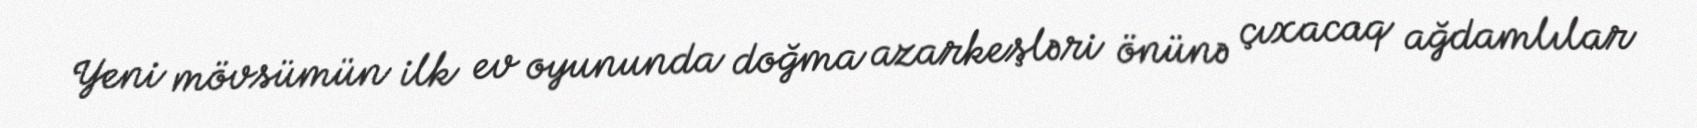
Yeni mövsümün ilk ev oyununda doğma azarkeşləri önünə çıxacaq ağdamlılar